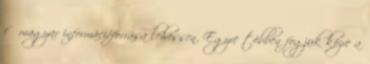
fő magyar információforrása lehessen. Egyre többen fogjuk közre a